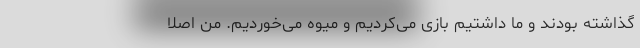
گذاشته بودند و ما داشتیم بازی می‌کردیم و میوه می‌خوردیم. من اصلاً